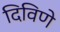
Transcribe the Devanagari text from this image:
दिविणे